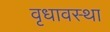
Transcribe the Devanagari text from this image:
वृधावस्था